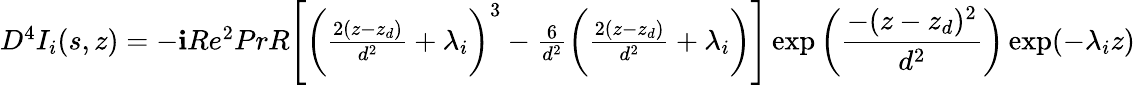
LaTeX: \begin{array}{r}{D^{4}I_{i}(s,z)=-\textbf{i}Re^{2}PrR\Bigg[\bigg(\frac{2(z-z_{d})}{d^{2}}+\lambda_{i}\bigg)^{3}-\frac{6}{d^{2}}\bigg(\frac{2(z-z_{d})}{d^{2}}+\lambda_{i}\bigg)\Bigg]\exp\bigg(\displaystyle\frac{-(z-z_{d})^{2}}{d^{2}}\bigg)\exp(-\lambda_{i}z)}\end{array}